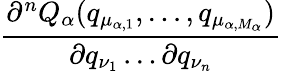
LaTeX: \frac{\partial^{n}Q_{\alpha}(q_{\mu_{\alpha,1}},\dots,q_{\mu_{\alpha,M_{\alpha}}})}{\partial q_{\nu_{1}}\dots\partial q_{\nu_{n}}}